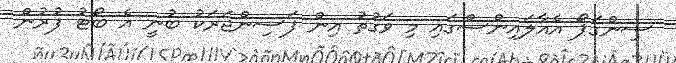
ސިންގަޕޯ އެއާލައިންސްގައި މި ވަގުތު އިން ފަސިންޖަރަކު ބުނީ އެ ބޯޓު ފުރުން